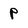
Character: P